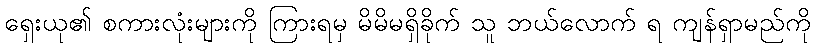
ရှေးယု၏ စကားလုံးများကို ကြားရမှ မိမိမရှိခိုက် သူ ဘယ်လောက် ရ ကျန်ရှာမည်ကို